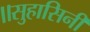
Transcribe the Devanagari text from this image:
॥सुहासिनी